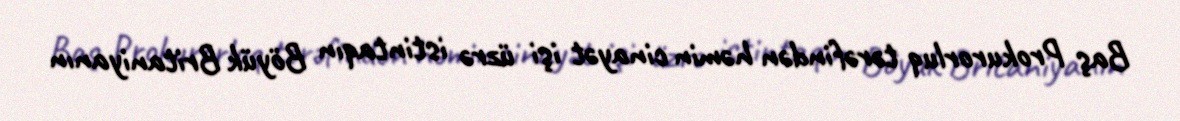
Baş Prokurorluq tərəfindən həmin cinayət işi üzrə istintaqın Böyük Britaniyanın